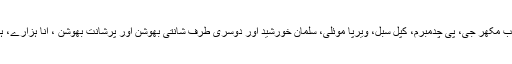
ذرا سوچئے ایک طرف پرنب مکھر جی، پی چدمبرم، کپل سبل، ویرپا موئلی، سلمان خورشید اور دوسری طرف شانتی بھوشن اور پرشانت بھوشن ، انا ہزارے، ہیگڑے اور اروند کیجریوال۔